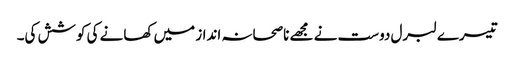
تیسرے لبرل دوست نے مجھے ناصحانہ انداز میں کھانے کی کوشش کی۔